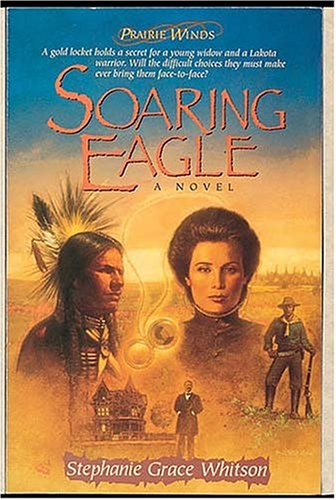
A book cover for Soaring Eagle (Prairie Winds Series #2); Stephanie Grace Whitson; Religion & Spirituality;